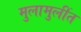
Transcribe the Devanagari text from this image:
मुलामुलींत